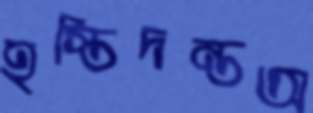
হস্তিদন্তঅ